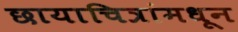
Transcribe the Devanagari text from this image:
छायाचित्रांमधून